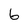
Character: 6